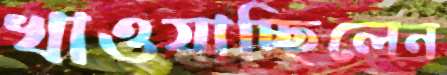
খাওয়াচ্ছিলেন